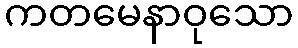
ကတမေနာဝုသော